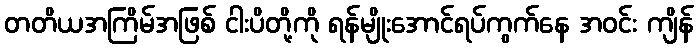
တတိယအကြိမ်အဖြစ် ငါးပိတို့ကို ရန်မျိုးအောင်ရပ်ကွက်နေ အဝင်း ကျိန်